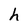
Character: h